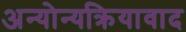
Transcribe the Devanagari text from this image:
अन्योन्यक्रियावाद